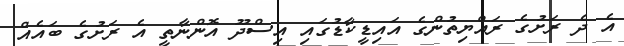
އެ ދެ ރަށުގެ ރައްޔިތުންގެ އައިޑީކާޑުގައި އިސްދޫ އޮންނާތީ އެ ރަށުގެ ބައެއް